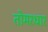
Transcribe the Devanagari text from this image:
तोमरधार